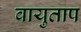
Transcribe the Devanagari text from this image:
वायुताप